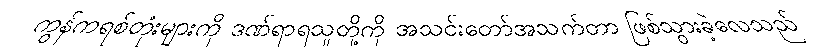
ကွန်ကရစ်တုံးများကို ဒဏ်ရာရသူတို့ကို အသင်းတော်အသက်တာ ဖြစ်သွားခဲ့လေသည်